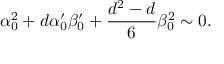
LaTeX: \alpha _ { 0 } ^ { 2 } + d \alpha _ { 0 } ^ { \prime } \beta _ { 0 } ^ { \prime } + { \frac { d ^ { 2 } - d } { 6 } } \beta _ { 0 } ^ { 2 } \sim 0 .